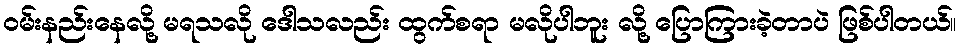
ဝမ်းနည်းနေလို့ မရသလို ဒေါသလည်း ထွက်စရာ မလိုပါဘူး လို့ ပြောကြားခဲ့တာပဲ ဖြစ်ပါတယ်။